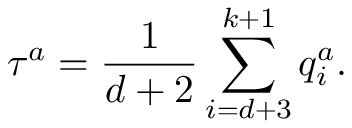
\tau ^ { a } = \frac { { 1 } } { d + 2 } \sum _ { i = d + 3 } ^ { k + 1 } q _ { i } ^ { a } .